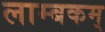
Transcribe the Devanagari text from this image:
लाम्बकम्